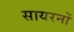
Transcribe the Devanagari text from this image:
सायरनों